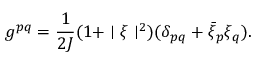
g ^ { p q } = \frac { 1 } { 2 J } ( 1 + \mid \xi \mid ^ { 2 } ) ( \delta _ { p q } + { \bar { \xi } } _ { p } \xi _ { q } ) .